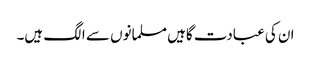
ان کی عبادت گاہیں مسلمانوں سے الگ ہیں۔